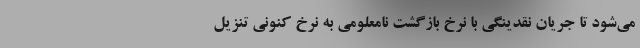
می‌شود تا جریان نقدینگی با نرخ بازگشت نامعلومی به نرخ کنونی تنزیل